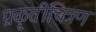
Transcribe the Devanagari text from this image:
प्रकृतीचित्रण